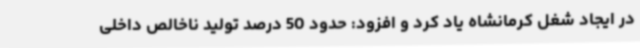
در ایجاد شغل کرمانشاه یاد کرد و افزود: حدود 50 درصد تولید ناخالص داخلی